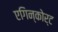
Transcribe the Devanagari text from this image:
एगिन्कोर्ट